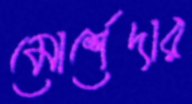
মোর্শেদার